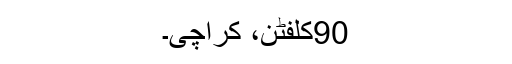
90کلفٹن، کراچی۔